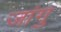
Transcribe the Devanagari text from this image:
जांगु